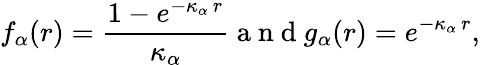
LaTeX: f_{\alpha}(r)=\frac{1-e^{-\kappa_{\alpha}\, r}}{\kappa_{\alpha}}\mathrm{~a~n~d~}g_{\alpha}(r)=e^{-\kappa_{\alpha}\, r},